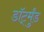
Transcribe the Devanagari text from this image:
डॉर्ट्मुंड